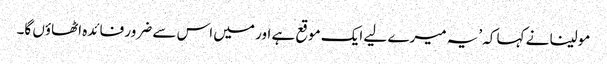
مولینا نے کہا کہ ’یہ میرے لیے ایک موقع ہے اور میں اس سے ضرور فائدہ اٹھاؤں گا۔